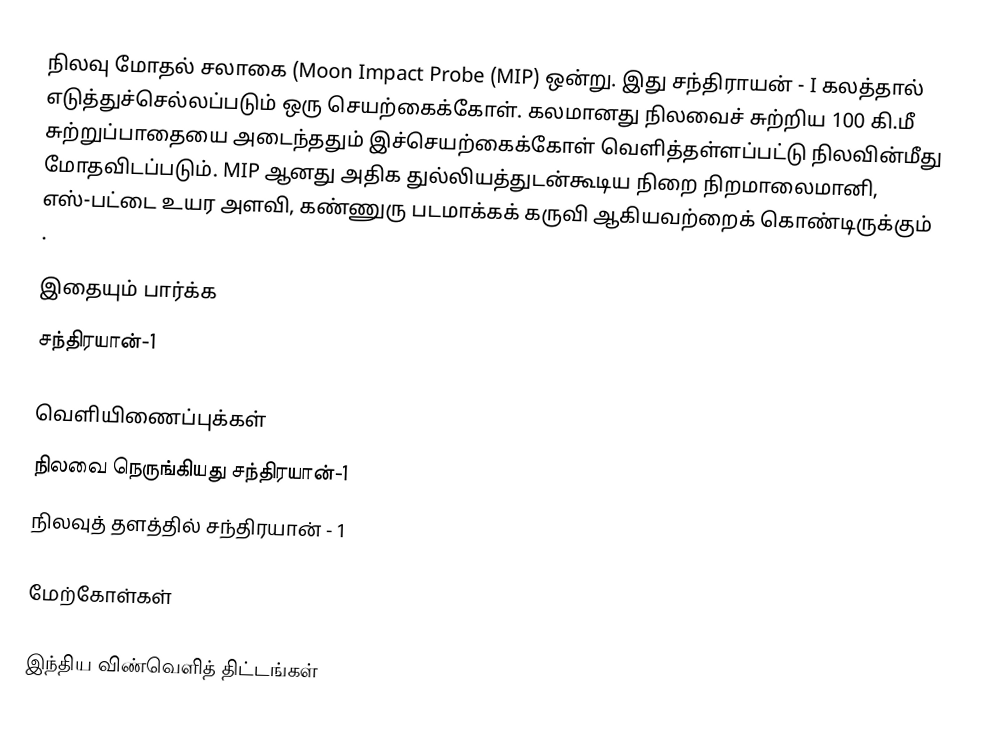
நிலவு மோதல் சலாகை (Moon Impact Probe (MIP) ஒன்று. இது சந்திராயன் - I கலத்தால் எடுத்துச்செல்லப்படும் ஒரு செயற்கைக்கோள். கலமானது நிலவைச் சுற்றிய 100 கி.மீ சுற்றுப்பாதையை அடைந்ததும் இச்செயற்கைக்கோள் வெளித்தள்ளப்பட்டு நிலவின்மீது மோதவிடப்படும். MIP ஆனது அதிக துல்லியத்துடன்கூடிய நிறை நிறமாலைமானி, எஸ்-பட்டை உயர அளவி, கண்ணுரு படமாக்கக் கருவி ஆகியவற்றைக் கொண்டிருக்கும் .

இதையும் பார்க்க
சந்திரயான்-1

வெளியிணைப்புக்கள்
நிலவை நெருங்கியது சந்திரயான்-1
நிலவுத் தளத்தில் சந்திரயான் - 1

மேற்கோள்கள்

இந்திய விண்வெளித் திட்டங்கள்